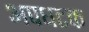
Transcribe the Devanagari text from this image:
अपघटक